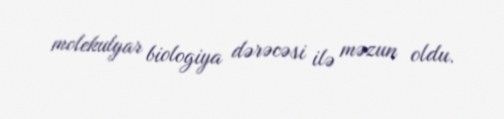
molekulyar biologiya dərəcəsi ilə məzun oldu.